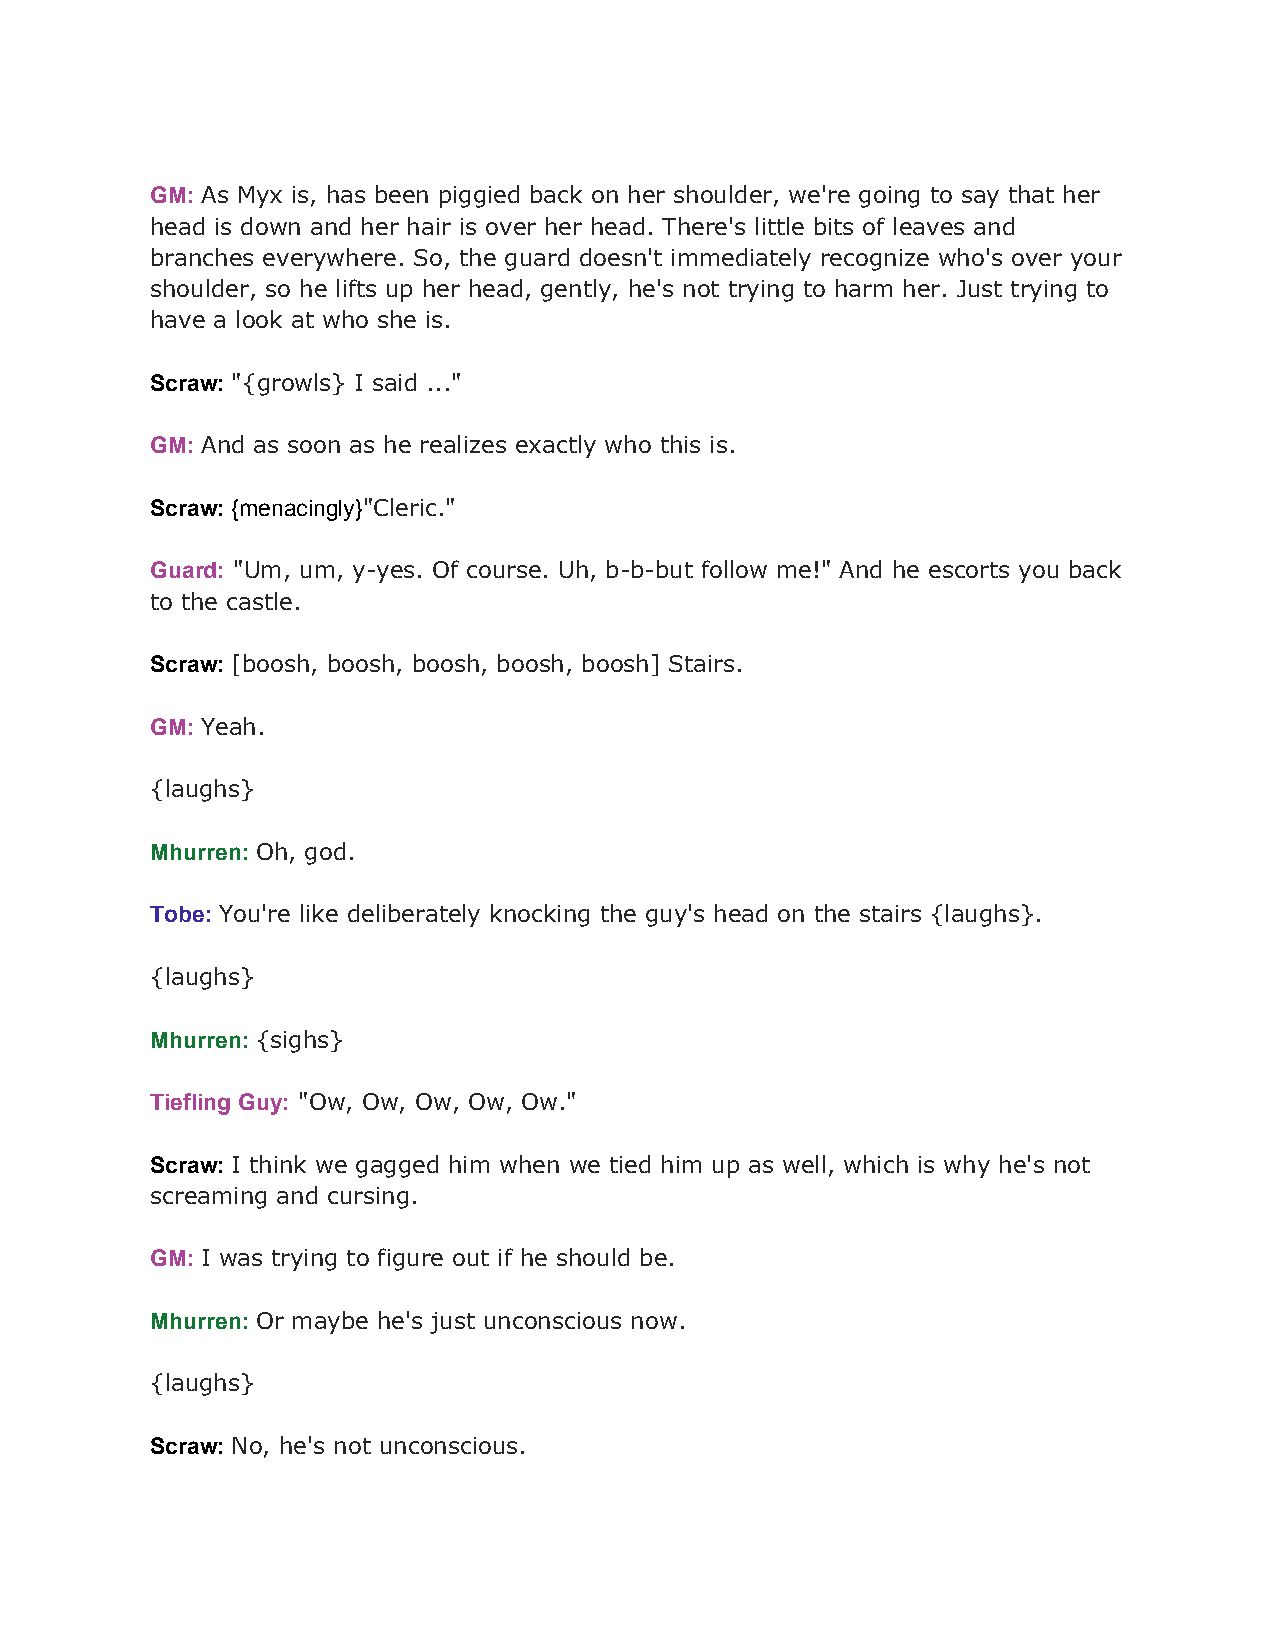
GM: As Myx is, has been piggied back on her shoulder, we're going to say that her
 ​
 head is down and her hair is over her head. There's little bits of leaves and
 branches everywhere. So, the guard doesn't immediately recognize who's over your
 shoulder, so he lifts up her head, gently, he's not trying to harm her. Just trying to
 have a look at who she is.
 Scraw: "{growls} I said ..."
 ​
 GM: And as soon as he realizes exactly who this is.
 ​
 Scraw: {menacingly}"Cleric."
 ​        ​
 Guard: "Um, um, y-yes. Of course. Uh, b-b-but follow me!" And he escorts you back
 ​
 to the castle.
 Scraw: [boosh, boosh, boosh, boosh, boosh] Stairs.
 ​
 GM: Yeah.
 ​
 {laughs}
 Mhurren: Oh, god.
 ​
 Tobe: You're like deliberately knocking the guy's head on the stairs {laughs}.
 ​
 {laughs}
 Mhurren: {sighs}
 ​
 Tiefling Guy: "Ow, Ow, Ow, Ow, Ow."
 ​
 Scraw: I think we gagged him when we tied him up as well, which is why he's not
 ​
 screaming and cursing.
 GM: I was trying to figure out if he should be.
 ​
 Mhurren: Or maybe he's just unconscious now.
 ​
 {laughs}
 Scraw: No, he's not unconscious.
 ​